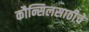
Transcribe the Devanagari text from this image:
कौन्सिलसाठीचे